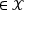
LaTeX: \in { \mathcal { X } }